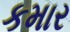
કમાર